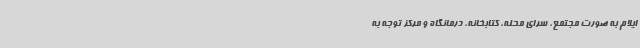
ایلام به صورت مجتمع، سرای محله، کتابخانه، درمانگاه و مرکز توجه به